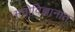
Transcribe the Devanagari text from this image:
मनोविज्ञानात